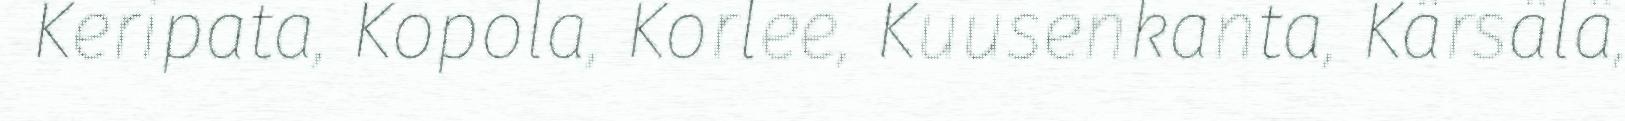
Keripata, Kopola, Korlee, Kuusenkanta, Kärsälä,